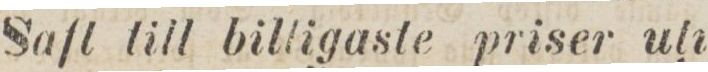
Saft till billigaste priser uli